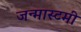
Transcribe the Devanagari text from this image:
जन्मास्टमी